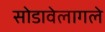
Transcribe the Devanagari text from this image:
सोडावेलागले